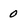
Character: 0